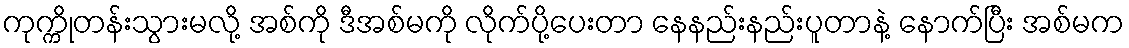
ကုက္ကိုတန်းသွားမလို့ အစ်ကို ဒီအစ်မကို လိုက်ပို့ပေးတာ နေနည်းနည်းပူတာနဲ့ နောက်ပြီး အစ်မက